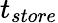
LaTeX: t_{store}